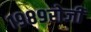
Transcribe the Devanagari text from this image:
१९८९रोजी